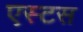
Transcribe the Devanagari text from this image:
एस्टस